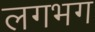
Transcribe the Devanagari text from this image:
लगभ्‍ाग